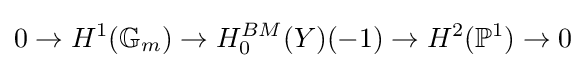
0\to H^{1}(\mathbb {G} _{m})\to H_{0}^{BM}(Y)(-1)\to H^{2}(\mathbb {P} ^{1})\to 0